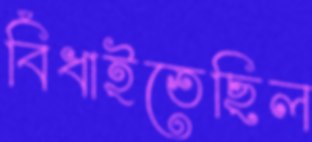
বিঁধাইতেছিল